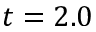
t = 2 . 0